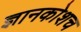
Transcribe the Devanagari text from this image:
ज्ञानकोशच